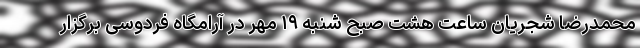
محمدرضا شجریان ساعت هشت صبح شنبه ۱۹ مهر در آرامگاه فردوسی برگزار